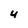
Character: 4